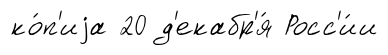
ко́п'иjа 20 д'екабр'я́ Росс'и́и